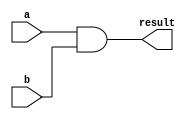
module alu_and(
    input [31:0] a,
    input [31:0] b,
    output [31:0] result
);
    assign result = a & b;

endmodule